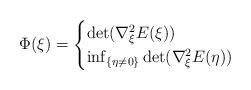
LaTeX: \begin{align*}\Phi(\xi) = \begin{cases} \det(\nabla_{\xi}^2E(\xi)) & \\ \inf_{\{\eta \neq 0\}} \det(\nabla_{\xi}^2E(\eta)) & \end{cases}\end{align*}